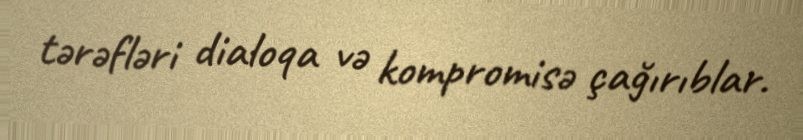
tərəfləri dialoqa və kompromisə çağırıblar.